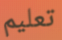
تعليم